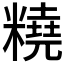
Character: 𱹞